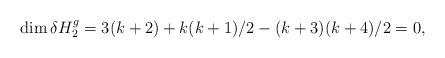
LaTeX: \begin{align*}\dim \delta H_2^g = 3(k+2)+k(k+1)/2-(k+3)(k+4)/2 = 0,\end{align*}